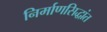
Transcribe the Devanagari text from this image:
निर्माणसिद्धांत